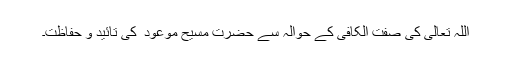
اللہ تعالیٰ کی صفت الکافی کے حوالہ سے حضرت مسیح موعود ؑ کی تائید و حفاظت۔